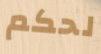
لحكم